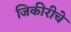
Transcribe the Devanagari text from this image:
जिकीरीचे